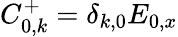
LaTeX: C_{0,k}^{+}=\delta_{k,0}E_{0,x}